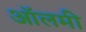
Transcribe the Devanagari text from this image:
ऑलमी